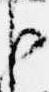
臣